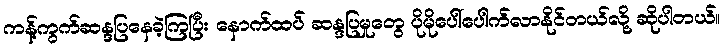
ကန့်ကွက်ဆန္ဒပြနေခဲ့ကြပြီး နောက်ထပ် ဆန္ဒပြမှုတွေ ပိုမိုပေါ်ပေါက်လာနိုင်တယ်လို့ ဆိုပါတယ်။